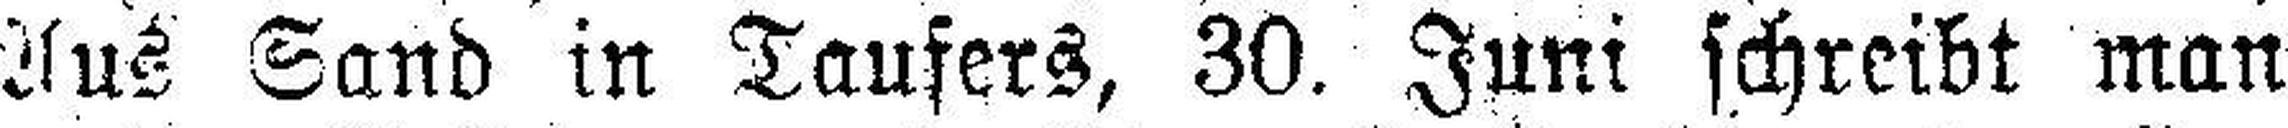
Aus Sand in Taufers, 30. Juni schreibt man